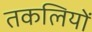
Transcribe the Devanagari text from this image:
तकलियों